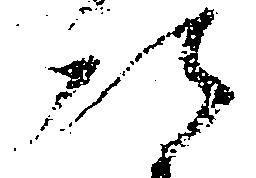
次